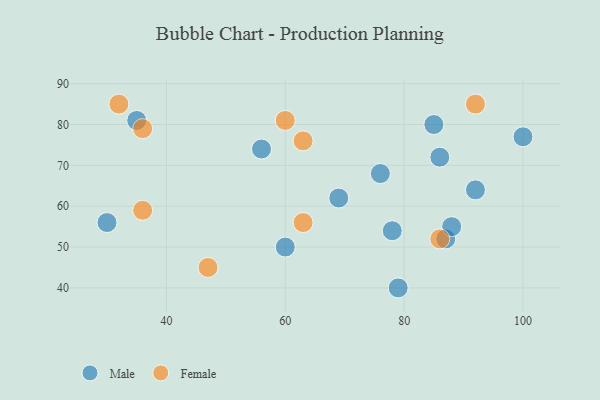
{"axis": {"x": "GDP", "y": "Life Expectancy"}, "legend": ["Female", "Male"], "data": [{"x": "87", "y": 52, "type": "Male"}, {"x": "79", "y": 40, "type": "Male"}, {"x": "86", "y": 72, "type": "Male"}, {"x": "85", "y": 80, "type": "Male"}, {"x": "56", "y": 74, "type": "Male"}, {"x": "88", "y": 55, "type": "Male"}, {"x": "78", "y": 54, "type": "Male"}, {"x": "60", "y": 50, "type": "Male"}, {"x": "92", "y": 64, "type": "Male"}, {"x": "35", "y": 81, "type": "Male"}, {"x": "76", "y": 68, "type": "Male"}, {"x": "100", "y": 77, "type": "Male"}, {"x": "69", "y": 62, "type": "Male"}, {"x": "30", "y": 56, "type": "Male"}, {"x": "63", "y": 76, "type": "Female"}, {"x": "47", "y": 45, "type": "Female"}, {"x": "86", "y": 52, "type": "Female"}, {"x": "63", "y": 56, "type": "Female"}, {"x": "60", "y": 81, "type": "Female"}, {"x": "36", "y": 59, "type": "Female"}, {"x": "36", "y": 79, "type": "Female"}, {"x": "92", "y": 85, "type": "Female"}, {"x": "32", "y": 85, "type": "Female"}]}